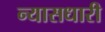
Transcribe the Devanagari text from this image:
न्यासधारी